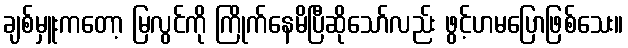
ချစ်မှူးကတော့ မြလွင်ကို ကြိုက်နေမိပြီဆိုသော်လည်း ဖွင့်ဟမပြောဖြစ်သေး။